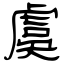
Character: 虞